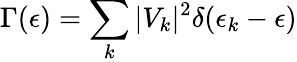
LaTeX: \Gamma(\epsilon)=\sum_{k}|V_{k}|^{2}\delta(\epsilon_{k}-\epsilon)